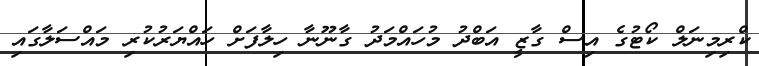
ކްރިމިނަލް ކޯޓުގެ އިސް ގާޒީ އަބްދު މުހައްމަދު ގާނޫނާ ހިލާފަށް ހައްޔަރުކުރި މައްސަލާގައި